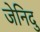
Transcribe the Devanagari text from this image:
जेनिदु